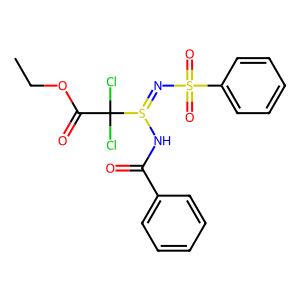
SMILES: CCOC(=O)C(Cl)(Cl)S(=NS(=O)(=O)c1ccccc1)NC(=O)c1ccccc1
Inhibits HIV replication: No